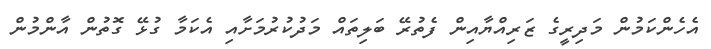
އެހެންކަމުން މަދިރީގެ ޒަރިއްޔާއިން ފެތުރޭ ބަލިތައް މަދުކުރުމަށާއި އެކަމާ ގުޅޭ ގޮތުން އާންމުން